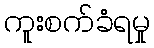
ကူးစက်ခံရမှု